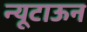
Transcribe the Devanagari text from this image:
न्यूटाऊन